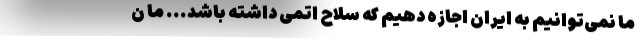
ما نمی‌توانیم به ایران اجازه دهیم که سلاح اتمی داشته باشد... ما ن